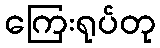
ကြေးရုပ်တု